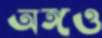
অঙ্গও